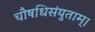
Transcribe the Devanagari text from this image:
चौषधिसंयुताम्।